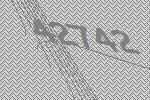
42742